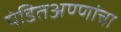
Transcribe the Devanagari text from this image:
पंडितअण्णांचा